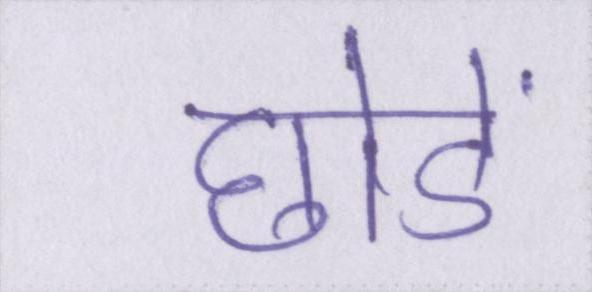
छोडें